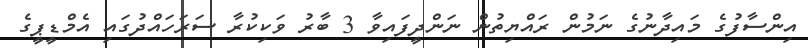
އިންސާފުގެ މައިދާނުގެ ނަމުން ރައްޔިތުން ނަންދީފައިވާ 3 ބާރު ވަކިކުރާ ސަރަހައްދުގައި އެމްޑީޕީގެ